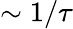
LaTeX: \sim 1/\tau